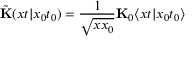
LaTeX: \tilde { \bf K } ( x t \vert x _ { 0 } t _ { 0 } ) = \frac { 1 } { \sqrt { x x _ { 0 } } } { \bf K } _ { 0 } \langle x t \vert x _ { 0 } t _ { 0 } \rangle